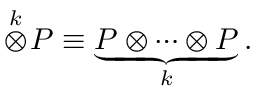
\stackrel { k } { \otimes } \! P \equiv \underbrace { P \otimes \cdots \otimes P } _ { k } .